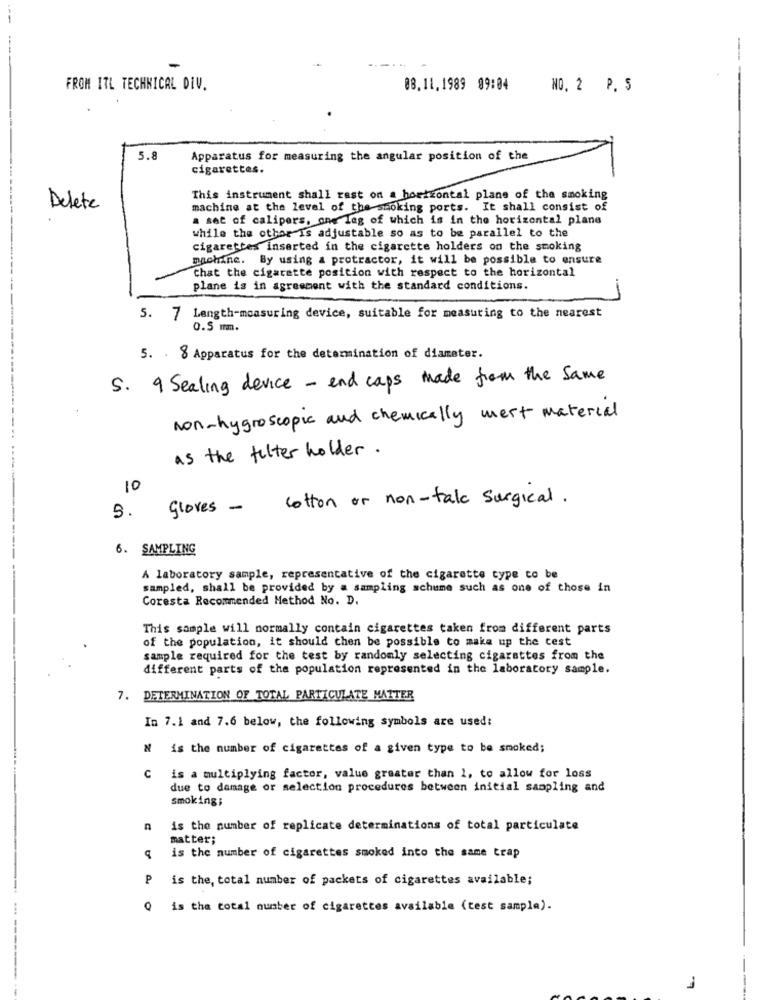
FROM ITL TECHNICAL DIV.
08.11.1989 09:04
NO. 2 P. S
5.8
Apparatus for measuring the angular position of the
cigarettes.
This instrument shall rast on a horizontal plans of the smoking
Delete
machine at the level of the smoking ports. It shall consist of
a set of calipers, one leg of which is in the horizontal plane
while the other Is adjustable so as to be parallel to the
cigarettes inserted in the cigarette holders on the smoking
machine. By using a protractor, it will be possible to ensure
Chat the cigarette position with respect to the horizontal
plane is in agreement with the standard conditions.
5. 7 Length-measuring device, suitable for measuring to the nearest
0.5 mm.
-----------
5. 8 Apparatus for the determination of diamater.
5. 9 Sealing device - end caps made from the Same
Non-hygroscopic and chemically mert material
as the filter holder.
10
cotton or non-tale surgical.
gloves -
3.
6. SAMPLING
A laboratory sample, representative of the cigarette type to be
sampled, shall be provided by a sampling schume such as one of those in
Coresta Recommended Method No. D.
This sample will normally contain cigarettes taken from different parts
of the population, it should then be possible to make up the test
sample required for the test by randomly selecting cigarettes from the
different parts of the population represented in the laboratory sample.
7. DETERMINATION OF TOTAL PARTICULATE MATTER
In 7.1 and 7.6 below, the following symbols are used:
N is the number of cigarettes of a given type to be smoked;
C is a multiplying factor, value greater than 1, to allow for loss
due to damage or selection procedures between initial sampling and
smoking;
is the number of replicate determinations of total particulate
matter;
is the number of cigarettes smoked into the same trap
P
is the, total number of packets of cigarettes available;
is the total number of cigarettes available (test sample).
1